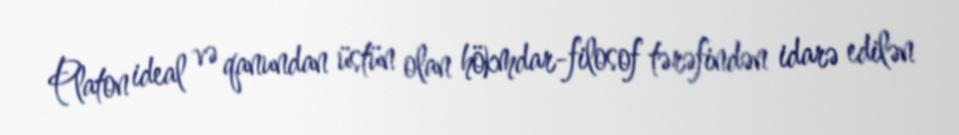
Platon ideal və qanundan üstün olan hökmdar-filosof tərəfindən idarə edilən